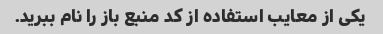
یکی از معایب استفاده از کد منبع باز را نام ببرید.